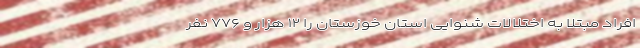
افراد مبتلا به اختلالات شنوایی استان خوزستان را ۱۲ هزار و ۷۷۶ نفر